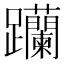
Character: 𨈆